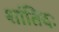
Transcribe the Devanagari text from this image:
शांतिदः